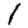
Digit: 1